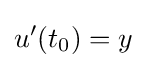
u'(t_{0})=y